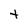
Character: t